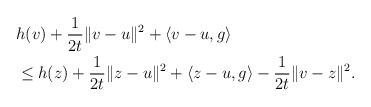
LaTeX: \begin{align*} \begin{aligned}& h(v) + \frac{1}{2t} \lVert v-u \rVert^2 + \langle v-u,g\rangle\\ &\leq h(z)+\frac{1}{2t} \lVert z-u\rVert^2+\langle z-u,g\rangle -\frac{1}{2t} \lVert v-z\rVert^2. \end{aligned}\end{align*}